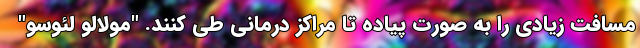
مسافت زیادی را به صورت پیاده تا مراکز درمانی طی کنند. "مولالو لئوسو"